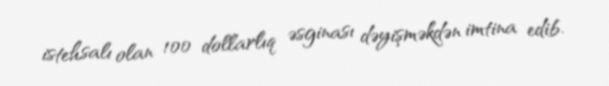
istehsalı olan 100 dollarlıq əsginası dəyişməkdən imtina edib.